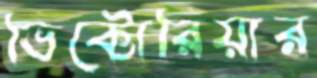
ভিক্টোরিয়ার